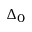
\Delta _ { 0 }